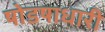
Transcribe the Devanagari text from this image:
षोडषाधारी